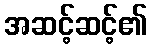
အဆင့်ဆင့်၏